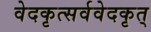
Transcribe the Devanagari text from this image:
वेदकृत्सर्ववेदकृत्